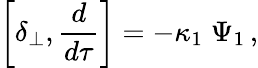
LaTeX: \left[\delta_{\perp},{\frac{d}{d\tau}}\right]=-\kappa_{1}\; \Psi_{1}\, ,